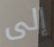
إلى